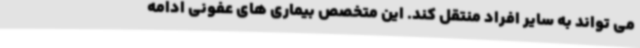
می تواند به سایر افراد منتقل کند. این متخصص بیماری های عفونی ادامه